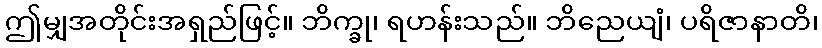
ဤမျှအတိုင်းအရှည်ဖြင့်။ ဘိက္ခု၊ ရဟန်းသည်။ ဘိညေယျံ၊ ပရိဇာနာတိ၊